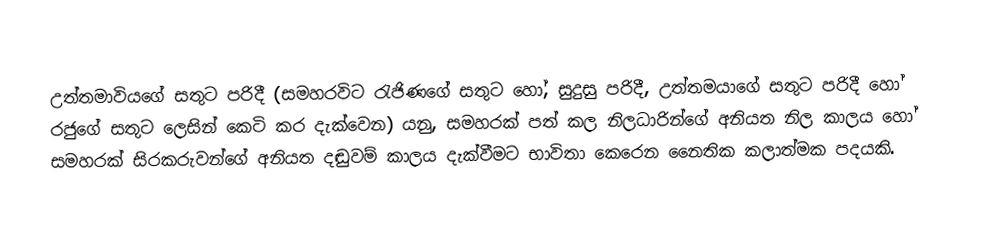
උත්තමාවියගේ සතුට පරිදී (සමහරවිට රැජිණගේ සතුට හෝ, සුදුසු පරිදී, උත්තමයාගේ සතුට පරිදී හෝ රජුගේ සතුට ලෙසින් කෙටි කර දැක්වෙන) යනු, සමහරක් පත් කල නිලධාරින්ගේ අනියත නිල කාලය හෝ සමහරක් සිරකරුවන්ගේ අනියත දඬුවම් කාලය දැක්වීමට භාවිතා කෙරෙන  නෛතික කලාත්මක පදයකි.